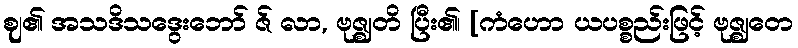
ဈ၏ အသဒိသဒွေးဘော် ဇ် လာ, ဗုဇ္ဈတိ ပြီး၏၊ [ကံဟော ယပစ္စည်းဖြင့် ဗုဇ္ဈတေ